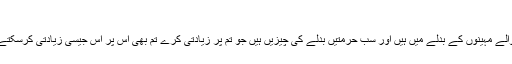
سورة البقرة - آیت 194
حرمت والے مہینے حرمت والے مہینوں کے بدلے میں ہیں اور سب حرمتیں بدلے کی چیزیں ہیں جو تم پر زیادتی کرے تم بھی اس پر اس جیسی زیادتی کرسکتے ہو جیسی تم پر کی گئی ہے۔